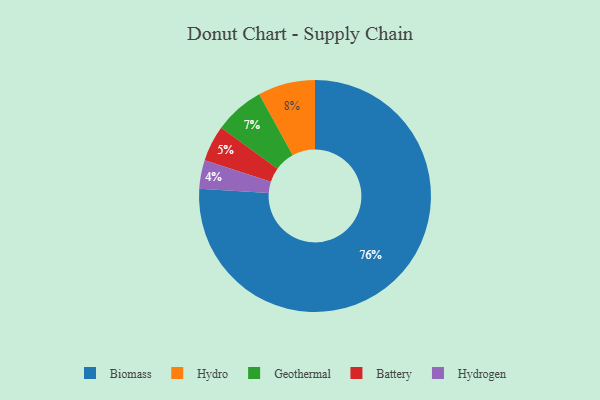
{"axis": {"x": "Category", "y": "Percentage"}, "legend": ["Battery", "Biomass", "Geothermal", "Hydro", "Hydrogen"], "data": [{"x": "Hydrogen", "y": 4, "type": "Hydrogen"}, {"x": "Geothermal", "y": 7, "type": "Geothermal"}, {"x": "Battery", "y": 5, "type": "Battery"}, {"x": "Hydro", "y": 8, "type": "Hydro"}, {"x": "Biomass", "y": 76, "type": "Biomass"}]}